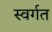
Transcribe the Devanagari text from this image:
स्वर्गत